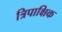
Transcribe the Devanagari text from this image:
त्रिपाक्षिक